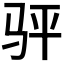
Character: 𬳴